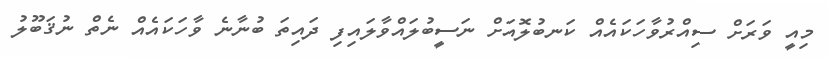
މިއީ ވަރަށް ސިއްރުވާހަކައެއް ކަނބުލޮއަށް ނަސީބުލައްވާލައިފި ދައިތަ ބުނާނެ ވާހަކައެއް ނެތް ނުޤަބޫލު